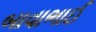
બાવાભાઈ